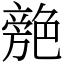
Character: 䒍